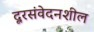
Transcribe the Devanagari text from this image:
दूरसंवेदनशील